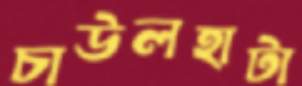
চাউলহাটা